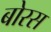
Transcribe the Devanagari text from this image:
बोरस